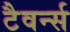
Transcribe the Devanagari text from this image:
टैवर्न्स